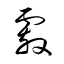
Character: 覈